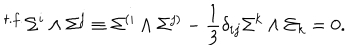
{ } ^ { t . f . } \Sigma ^ { i } \wedge \Sigma ^ { j } \equiv \Sigma ^ { ( i } \wedge \Sigma ^ { j ) } - { \frac { 1 } { 3 } } \delta _ { i j } \Sigma ^ { k } \wedge \Sigma _ { k } = 0 .